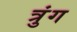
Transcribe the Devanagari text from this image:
त्रुंग